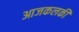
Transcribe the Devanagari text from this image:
आजकलकी